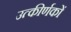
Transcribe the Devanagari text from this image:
उत्‍कीर्णकों